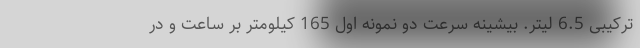
ترکیبی 6.5 لیتر. بیشینه سرعت دو نمونه اول 165 کیلومتر بر ساعت و در